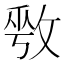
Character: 𫾾